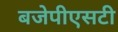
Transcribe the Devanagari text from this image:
बजेपीएसटी